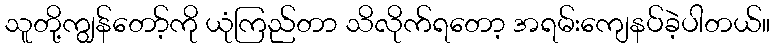
သူတို့ကျွန်တော့်ကို ယုံကြည်တာ သိလိုက်ရတော့ အရမ်းကျေနပ်ခဲ့ပါတယ်။